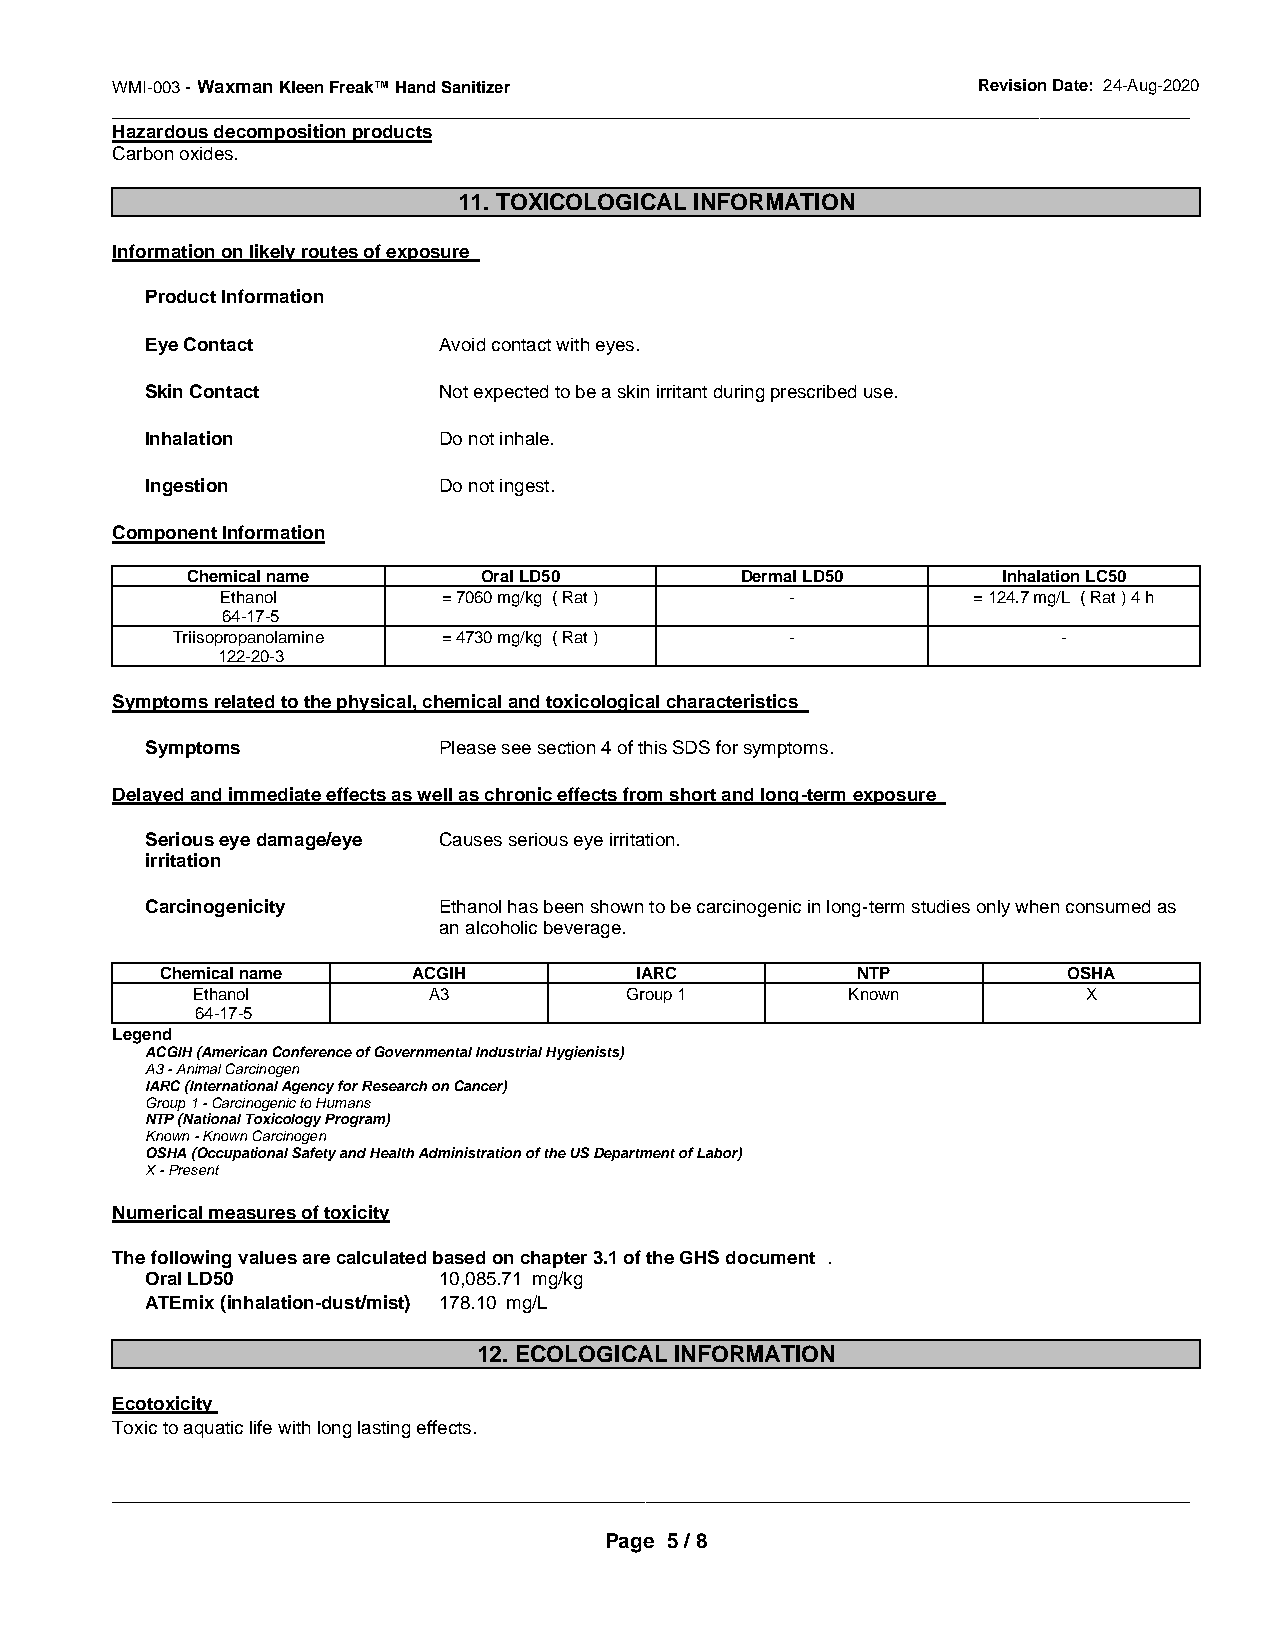
WMI-003 - Waxman Kleen Freak™ Hand Sanitizer              Revision Date: 24-Aug-2020
 _______________________________________________ ______________________________________________
 Hazardous decomposition products
 Carbon oxides.
 11. TOXICOLOGICAL INFORMATION
 Information on likely routes of exposure
 Product Information
 Eye Contact        Avoid contact with eyes.
 Skin Contact       Not expected to be a skin irritant during prescribed use.
 Inhalation         Do not inhale.
 Ingestion          Do not ingest.
 Component Information
 Chemical name       Oral LD50        Dermal LD50      Inhalation LC50
 Ethanol       = 7060 mg/kg ( Rat )   -           = 124.7 mg/L ( Rat ) 4 h
 64-17-5
 Triisopropanolamine = 4730 mg/kg ( Rat ) -                 -
 122-20-3
 Symptoms related to the physical, chemical and toxicological characteristics
 Symptoms           Please see section 4 of this SDS for symptoms.
 Delayed and immediate effects as well as chronic effects from short and long-term exposure
 Serious eye damage/eye Causes serious eye irritation.
 irritation
 Carcinogenicity    Ethanol has been shown to be carcinogenic in long-term studies only when consumed as
 an alcoholic beverage.
 Chemical name   ACGIH          IARC           NTP           OSHA
 Ethanol        A3           Group 1        Known           X
 64-17-5
 Legend
 ACGIH (American Conference of Governmental Industrial Hygienists)
 A3 - Animal Carcinogen
 IARC (International Agency for Research on Cancer)
 Group 1 - Carcinogenic to Humans
 NTP (National Toxicology Program)
 Known - Known Carcinogen
 OSHA (Occupational Safety and Health Administration of the US Department of Labor)
 X - Present
 Numerical measures of toxicity
 The following values are calculated based on chapter 3.1 of the GHS document .
 Oral LD50          10,085.71 mg/kg
 ATEmix (inhalation-dust/mist) 178.10 mg/L
 12. ECOLOGICAL INFORMATION
 Ecotoxicity
 Toxic to aquatic life with long lasting effects.
 _____________________________________________________________________________________________
 Page 5 / 8